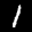
Label: 1